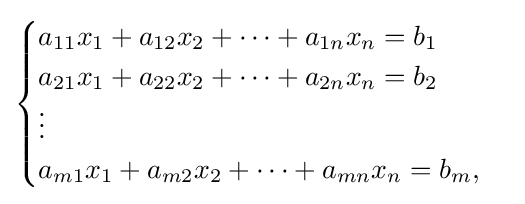
{\begin{cases}a_{11}x_{1}+a_{12}x_{2}+\dots +a_{1n}x_{n}=b_{1}\\a_{21}x_{1}+a_{22}x_{2}+\dots +a_{2n}x_{n}=b_{2}\\\vdots \\a_{m1}x_{1}+a_{m2}x_{2}+\dots +a_{mn}x_{n}=b_{m},\end{cases}}